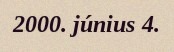
2000. június 4.